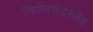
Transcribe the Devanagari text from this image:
निर्माणसंडरलैंड